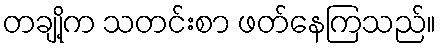
တချို့က သတင်းစာ ဖတ်နေကြသည်။